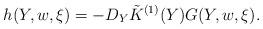
LaTeX: \begin{align*} h(Y, w, \xi)= -D_Y \tilde { K}^{(1)}(Y) G(Y, w, \xi).\end{align*}